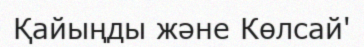
Қайыңды және Көлсай'